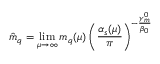
\hat { m } _ { q } = \operatorname * { l i m } _ { \mu \to \infty } m _ { q } ( \mu ) \left( \frac { \alpha _ { s } ( \mu ) } { \pi } \right) ^ { - \frac { \gamma _ { m } ^ { 0 } } { \beta _ { 0 } } } { }